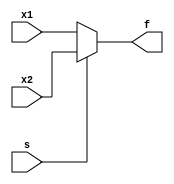
`timescale 1ns / 1ps
//////////////////////////////////////////////////////////////////////////////////

// ID     : N180116
//Branch  : ECE
//Project : RTL design using Verilog
//Design  : Behavioral Modeling style
//Module  : Behavior_Modelling_Case
//RGUKT NUZVID 
//////////////////////////////////////////////////////////////////////////////////


module Behavior_Modelling_Case(x1,x2,s,f);
input x1,x2,s;
output reg f;

always@(x1,x2,s) 
begin
    if(s)
        f=x2;
    else if(!s)
        f=x1;
    else
        f=1'bx;
end
endmodule